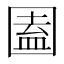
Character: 圔